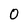
Character: 0